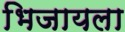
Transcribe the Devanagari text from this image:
भिजायला